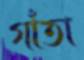
গাঁতা